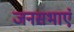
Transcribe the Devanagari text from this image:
जनसभाएं